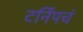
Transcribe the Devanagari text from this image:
टर्निपचं